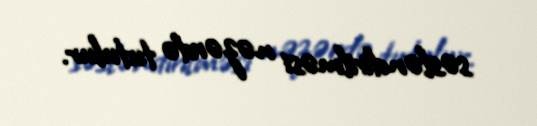
səsləndirilməsi nəzərdə tutulur.